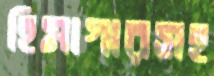
হিমাগারসহ